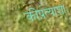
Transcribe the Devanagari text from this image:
कीप्रत्याशा